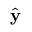
\hat { \mathbf { y } }